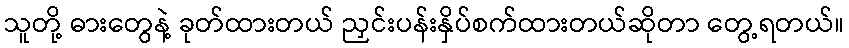
သူတို့ ဓားတွေနဲ့ ခုတ်ထားတယ် ညှင်းပန်းနှိပ်စက်ထားတယ်ဆိုတာ တွေ့ရတယ်။